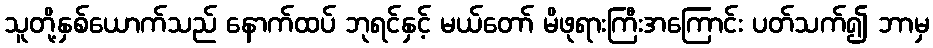
သူတို့နှစ်ယောက်သည် နောက်ထပ် ဘုရင်နှင့် မယ်တော် မိဖုရားကြီးအကြောင်း ပတ်သက်၍ ဘာမှ